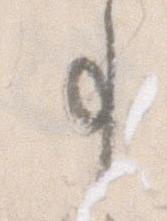
事